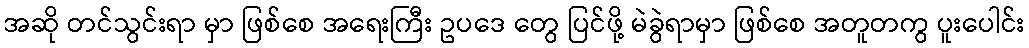
အဆို တင်သွင်းရာ မှာ ဖြစ်စေ အရေးကြီး ဥပဒေ တွေ ပြင်ဖို့ မဲခွဲရာမှာ ဖြစ်စေ အတူတကွ ပူးပေါင်း